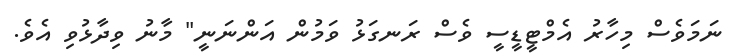
ނަމަވެސް މިހާރު އެމްޓީޑީސީ ވެސް ރަނގަޅު ވަމުން އަންނަނީ" މާނު ވިދާޅުވި އެވެ.